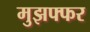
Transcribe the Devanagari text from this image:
मुझफ्फर